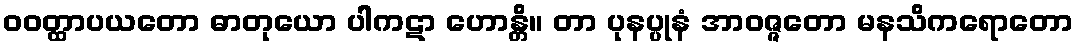
ဝဝတ္ထာပယတော ဓာတုယော ပါကဋာ ဟောန္တိ။ တာ ပုနပ္ပုနံ အာဝဇ္ဇတော မနသိကရောတော